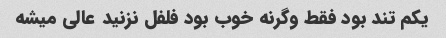
یکم تند بود فقط وگرنه خوب بود فلفل نزنید عالی میشه